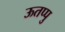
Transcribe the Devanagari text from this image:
ऊतप्पु